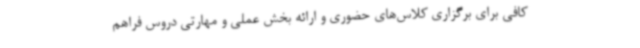
کافی برای برگزاری کلاس‌های حضوری و ارائه بخش عملی و مهارتی دروس فراهم